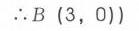
\(\therefore B\ (3,0)\)